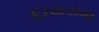
દાયરામા